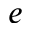
e